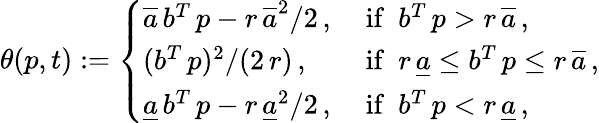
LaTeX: \theta(p,t):=\left\{ \begin{array}{ll}{\overline{{a}}\, b^{T}\, p-r\, \overline{{a}}^{2}/2\, ,}&{\mathrm{~if\ \ }b^{T}\, p>r\, \overline{{a}}\, ,}\\ {(b^{T}\, p)^{2}/(2\, r)\, ,}&{\mathrm{~if\ \ }r\, \underline{{a}}\le b^{T}\, p\le r\, \overline{{a}}\, ,}\\ {\underline{{a}}\, b^{T}\, p-r\, \underline{{a}}^{2}/2\, ,}&{\mathrm{~if\ \ }b^{T}\, p<r\, \underline{{a}}\, ,}\end{array}\right.